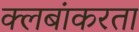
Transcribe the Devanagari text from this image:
क्लबांकरता